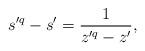
LaTeX: \begin{align*} s'^q-s'=\frac{1}{z'^q-z'},\end{align*}